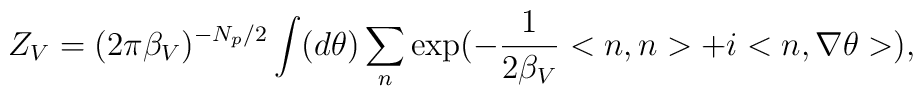
Z_V = (2\pi {\beta}_V)^{-N_p/2} \int (d\theta ) \sum_{n }\exp(-\frac{1}{2{\beta}_V}<n,n>+i<n,\nabla \theta >),